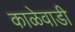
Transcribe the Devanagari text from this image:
काळेवाडी